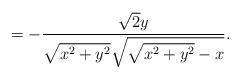
LaTeX: \begin{align*}=-\frac{\sqrt{2}y}{\sqrt{x^2+y^2}\sqrt{\sqrt{x^2+y^2}-x}}.\end{align*}